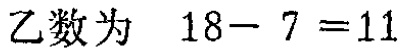
乙数为 \(18 - 7 = 11\)